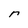
Character: r